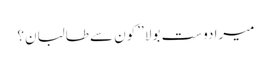
میرادوست بولا ’’کون سے طالبان؟